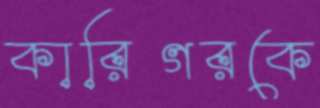
কারিগরকে